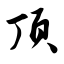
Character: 顶